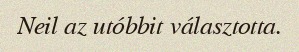
Neil az utóbbit választotta.